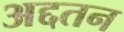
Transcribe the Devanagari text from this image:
अद्दतन